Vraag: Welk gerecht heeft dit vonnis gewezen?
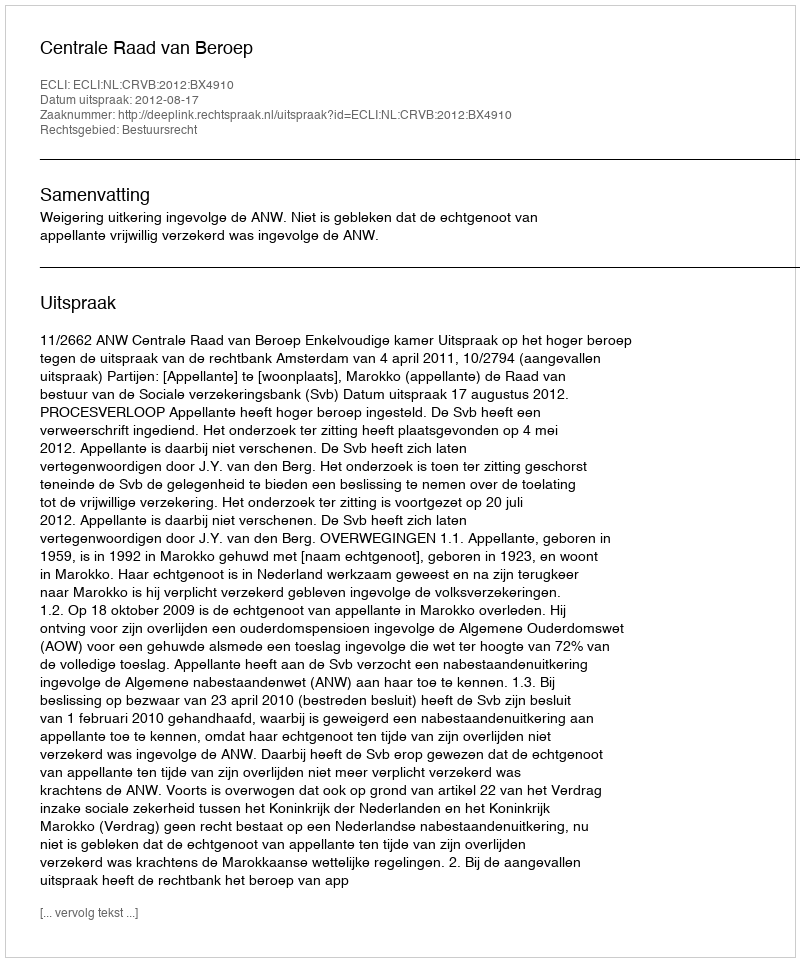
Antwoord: Centrale Raad van Beroep